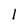
Character: 1